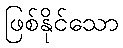
ဖြစ်နိုင်သော